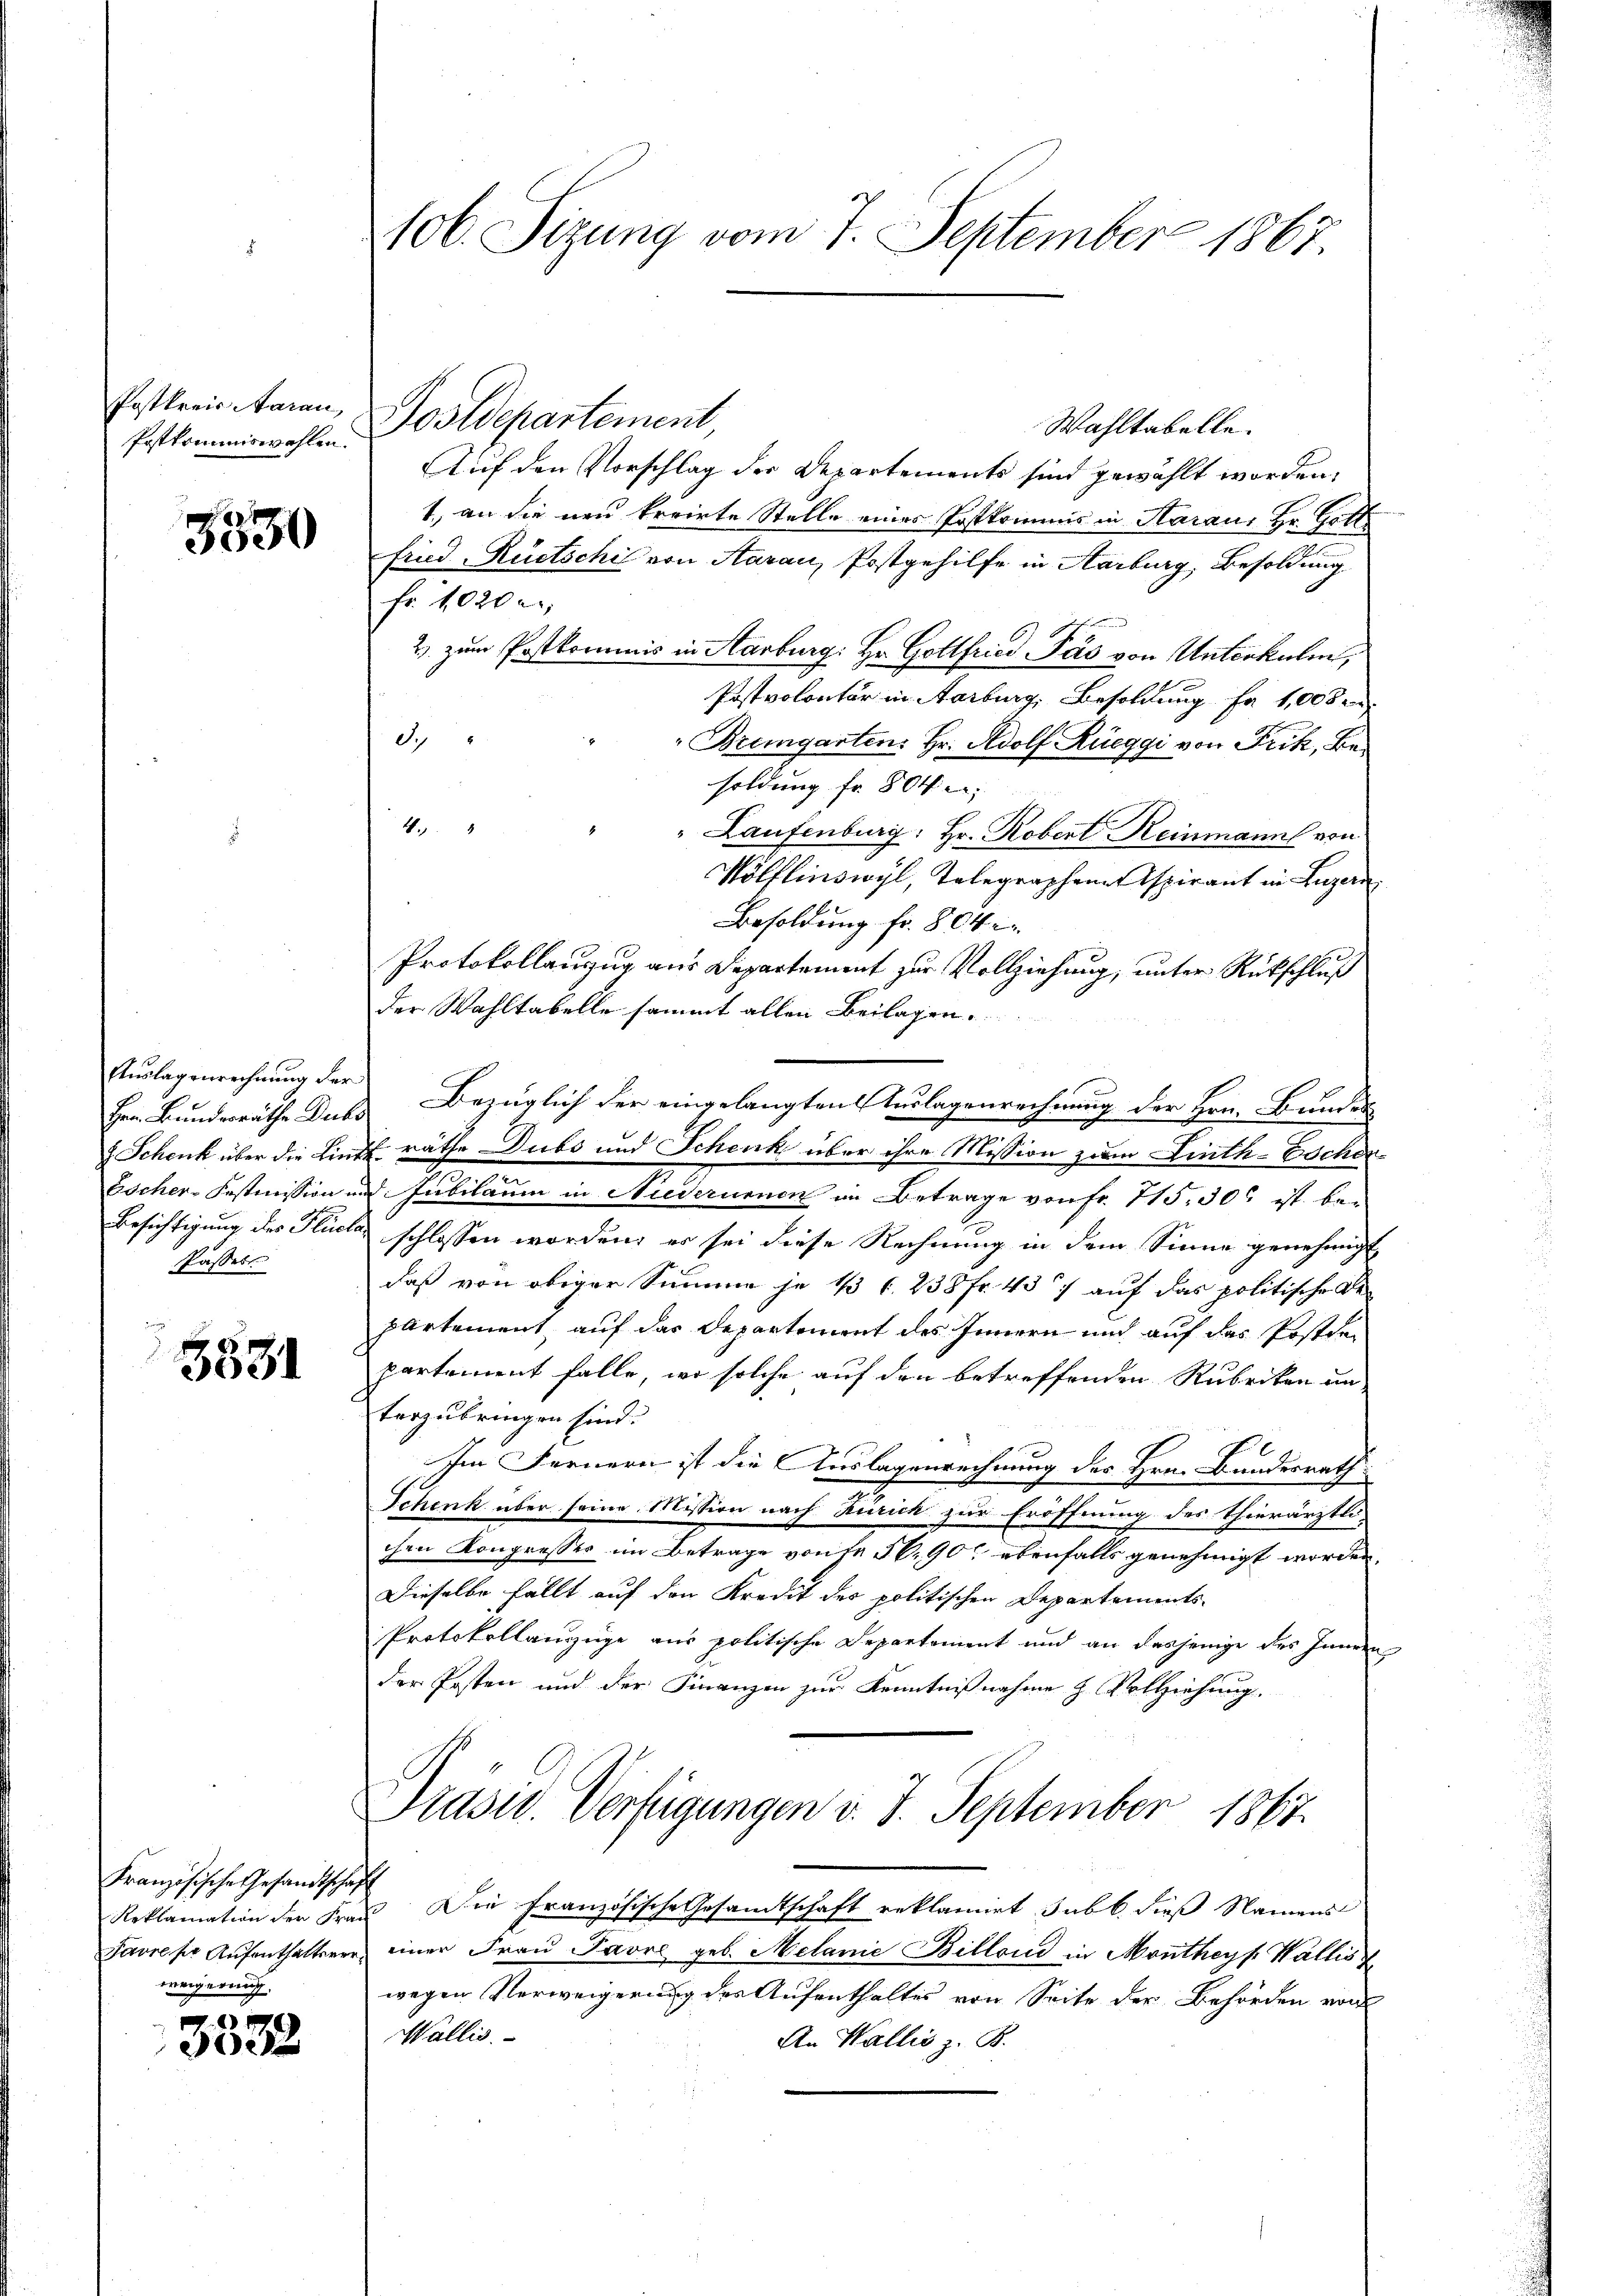
Postkreis Aarau,
Postkommiswahlen.

e
5530

Auslagenrechnung der
Her. Bundesräthe Dubs
 Schenk über die Linde
Escher-Postmission in
Besichtigung des Flucta
Passers

3531

Französische Gesandtschaft
Favre per Aufenthaltsverweigerung.

x
5052

106. Sizung vom 7. September 1867.

Postdepartement,
Wahltabelle.
Auf den Vorschlag der Departements sind gewählt worden.
1., an die neu krrirte Stelle eines Postkommnis in Haraus Hr. Gott
fried Rüetschi von Aarau, Postgehilfe in Aarburg, Besoldung
fr. 1020 e
2) zum Postkommnis in Aarburg: Hr. Gottfried Pás von Unterkulin,
Postvolontär in Aarburg, Besoldung fa 1,000
d.
"Bremgarten. Hr. Adolf Rüeggi von Frik, Besoldung fr. 804 :
4.
Laufenburg: Hr. Robert Reinmann von
Wölflinswyl, Telegraphenen Aspirant in Luzern
Besoldung fr. 804
Protokollanzug aus Departement zur Vollziehung, unter Rückschluß
der Wahltabelle sammt allen Beilagen.
Bezüglich der eingelangten Auslagenrechnung der Hrn. Bundes
E. räthe Dubs und Schenk über ihre Mission zum Linth-Escherd. Jubilaum in Niederumen in Betrage von Fr. 715, 30 ist be-
schlossen worden, er sei diese Rechnung in dem Sinne genehmigt
daß von obiger Summe je 13 f. 238 Fr. 437 auf das politische Bepartement, auf das Departement des Innern und auf das Postden
partement falle, wo solche auf den betreffenden Rubriken unvorzubringen sind.
Im Fernern ist die Auslagenrechnung des Hrn. Bundesrath
Schenk über seine Mission nach Zürich zur Eröffnung des Thierärztli-
chen Kongresser im Betrage von fe S. 90, ebenfalls genehmigt worden.
Dieselbe fällt auf den Kredit der politischen Departements-
Protokollanzüge aus politische Departement und an dasjenige des Innern
der Posten und der Finanzen zur Kenntnißnahme H. Vollziehung.
Präsid. Verfügungen v. J. September 1867.
Reklamation der Frau Die Französische Gesandtschaft reklamirt, sub b. dieß Namens
einer Frau Pavre geb. Melanie Billand in Monthey Wallis
wegen Verweigerung des Aufenthaltes von Seite der Behörden von
Wallis.
An Wallis z. B.